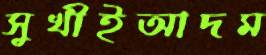
সুখীইআদম